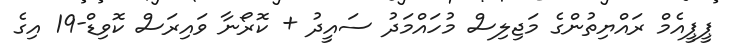
ޕީޕީއެމް ރައްޔިތުންގެ މަޖިލިސް މުހައްމަދު ސައީދު + ކޮރޯނާ ވައިރަސް ކޮވިޑް-19 އިގެ